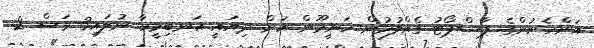
އަންހެނުންގެ ޕާސްޕޯޓު ގެއްލުމުން ހަނީމޫން އަށް ދިޔައީ އަނބިމީހާ ނުލައި3 މަސް 2